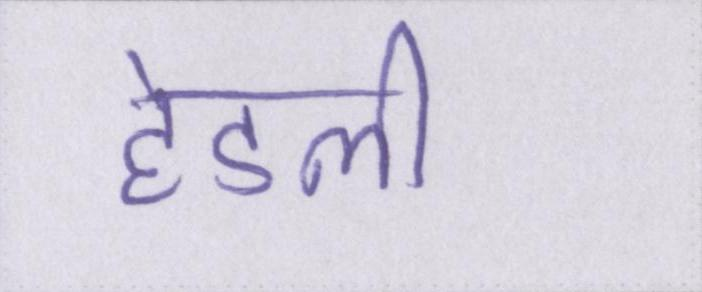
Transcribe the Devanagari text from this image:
हेडली